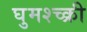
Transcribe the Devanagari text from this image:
घुमश्च्क्री